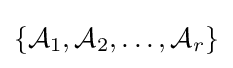
\{{\mathcal {A}}_{1},{\mathcal {A}}_{2},\ldots ,{\mathcal {A}}_{r}\}